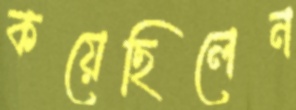
কয়েছিলেন